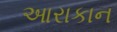
આરાકાન